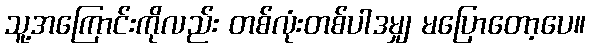
သူ့အကြောင်းကိုလည်း တစ်လုံးတစ်ပါဒမျှ မပြောတော့ပေ။